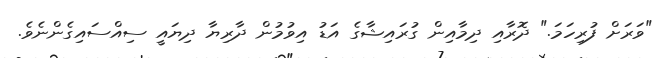
"ވަރަށް ފުރިހަމަ." ދޮރާއި ދިމާއިން ގުރައިޝާގެ އަޑު އިވުމުން ދާރިޔާ ދިޔައީ ސިއްސައިގެންނެވެ.